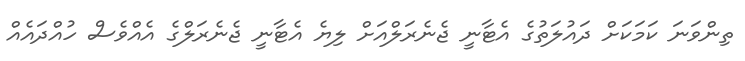
ތިންވަނަ ކަމަކަށް ދައުލަތުގެ އެޓާނީ ޖެނެރަލްއަށް ލިޔެ އެޓާނީ ޖެނެރަލްގެ އެއްވެސް ހުއްދައެއް